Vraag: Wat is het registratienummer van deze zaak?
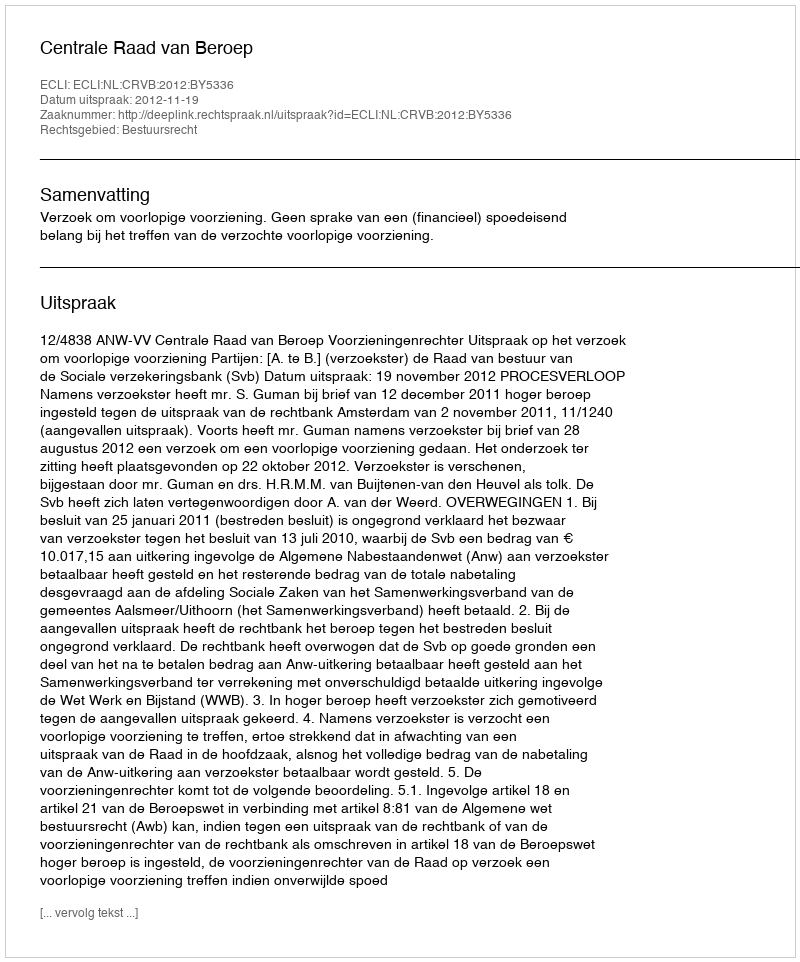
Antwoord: http://deeplink.rechtspraak.nl/uitspraak?id=ECLI:NL:CRVB:2012:BY5336